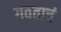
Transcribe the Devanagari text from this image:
गवताचं